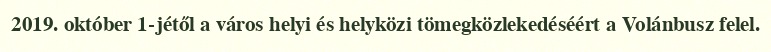
2019. október 1-jétől a város helyi és helyközi tömegközlekedéséért a Volánbusz felel.